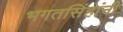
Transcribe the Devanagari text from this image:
भगतसिंहांनी